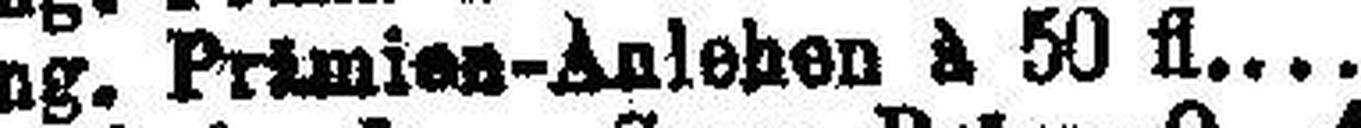
Ung. Prämien-Anlehen à 50 fl.